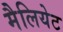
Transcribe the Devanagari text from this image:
मैलियेट